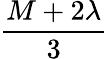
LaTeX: \frac{M+2\lambda}{3}